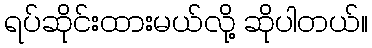
ရပ်ဆိုင်းထားမယ်လို့ ဆိုပါတယ်။